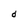
Character: d